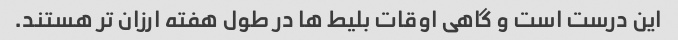
این درست است و گاهی اوقات بلیط ها در طول هفته ارزان تر هستند.